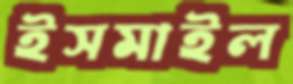
ইসমাইল